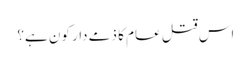
اس قتل عام کا ذمے دار کون ہے؟